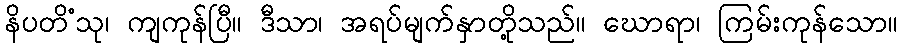
နိပတိံသု၊ ကျကုန်ပြီ။ ဒီသာ၊ အရပ်မျက်နှာတို့သည်။ ဃောရာ၊ ကြမ်းကုန်သော။